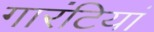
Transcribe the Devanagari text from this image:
गारंटियां